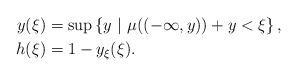
LaTeX: \begin{align*}y(\xi)&=\sup\left\{y\ |\ \mu((-\infty,y))+y<\xi\right\},\\h(\xi)&=1-y_\xi(\xi).\end{align*}